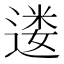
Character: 𫐷